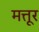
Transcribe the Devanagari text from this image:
मत्तूर